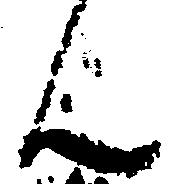
ん